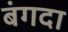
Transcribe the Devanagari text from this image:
बंगदा